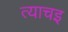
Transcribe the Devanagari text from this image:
त्याचइ